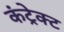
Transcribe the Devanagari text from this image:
कंट्रेक्ट